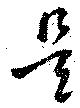
是